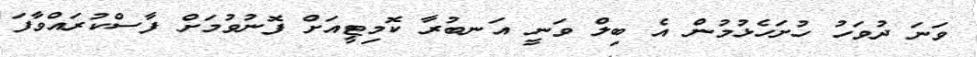
ވަނަ ދުވަހު ހުށަހެޅުމުން އެ ބިލް ވަނީ އަނބުރާ ކޮމިޓީއަށް ފޮނުވުމަށް ފާސްކުރައްވާފަ